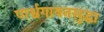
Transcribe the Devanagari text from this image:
पार्श्वगायनसुद्धा